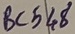
Text: BC548